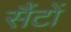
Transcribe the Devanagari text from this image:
सैंटों